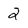
Character: 2